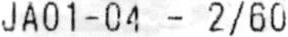
JA01-04 - 2/60